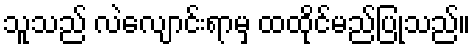
သူသည် လဲလျောင်းရာမှ ထထိုင်မည်ပြုသည်။